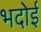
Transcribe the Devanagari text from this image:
भदोई